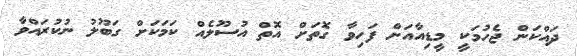
ދައްކަން ޖެހުމަކީ މީޑިއާއަށް ފަހިވާ ގޮތަށް އޮތް އުސޫލެއް ކަމަކަށް ގަބޫލު ނުކުރައްވާ